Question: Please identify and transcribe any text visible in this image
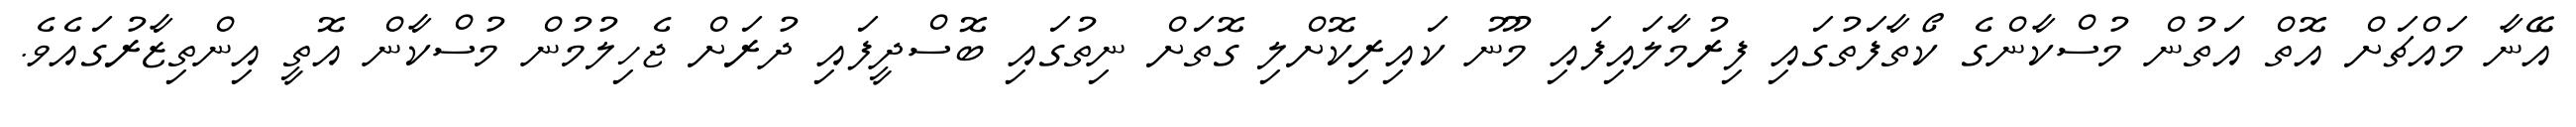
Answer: އޭނާ މައްޗަށް އޮތް އަތުން މުސްކާންގެ ކޯތާފަތުގައި ފިރުމާލައިފައި މޫނު ކައިރިކޮށްލި ގޮތަށް ނިތުގައި ބޮސްދީފައި ދުރަށް ޖެހިލުމުން މުސްކާން އޮތީ އިންތިޒާރުގައެވެ.